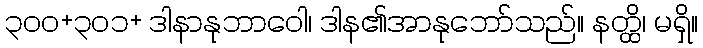
၃၀၀+၃၀၁+ ဒါနာနုဘာဝေါ၊ ဒါန၏အာနုဘော်သည်။ နတ္ထိ၊ မရှိ။